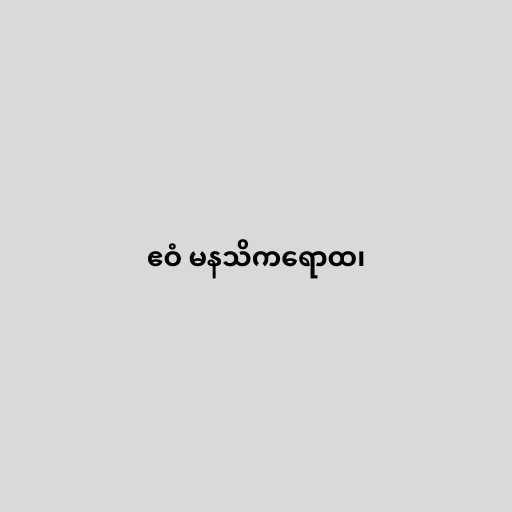
ဧဝံ မနသိကရောထ၊